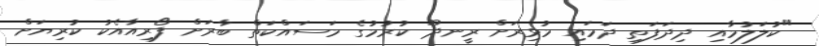
"ކުލަލުމާއި ދިދަފަތި ދަމައި މުޅިރަށް ރީނދޫ ކުރުމުގެ މަސައްކަތް ބާރަށް ފޯރިއާއެކު ކުރިޔަށް